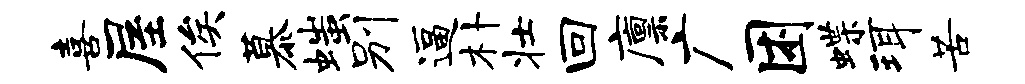
喜屋俟慕嗤别逼朴壮回廪广困蝶珥苦